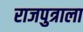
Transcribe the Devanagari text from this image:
राजपुत्राला